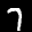
Label: 7